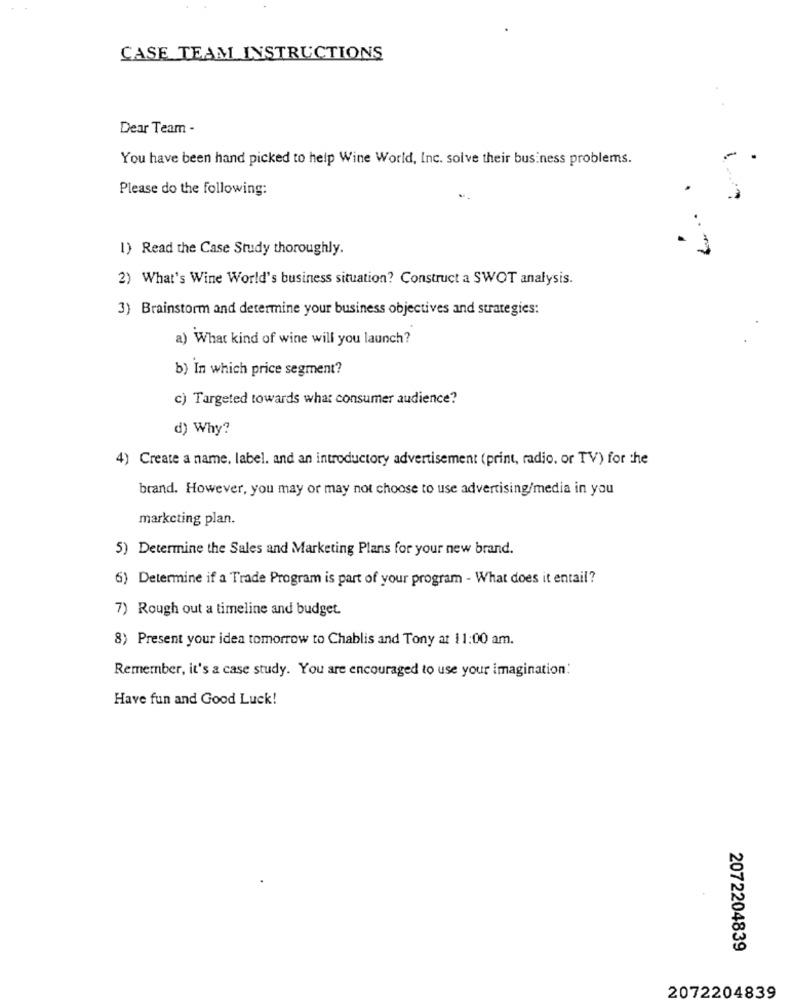
CASE TEAM INSTRUCTIONS
Dear Team -
You have been hand picked to help Wine World, Inc. solve their business problems.
Please do the following:
1) Read the Case Study thoroughly.
2) What's Wine World's business situation? Construct a SWOT analysis.
3) Brainstorm and determine your business objectives and strategies:
a) What kind of wine will you launch?
b) In which price segment?
c) Targeted towards what consumer audience?
d) Why?
4) Create a name, label. and an introductory advertisement (print, radio, or TV) for the
brand. However, you may or may not choose to use advertising/media in you
marketing plan.
5) Determine the Sales and Marketing Plans for your new brand.
6) Determine if a Trade Program is part of your program - What does it entail?
7) Rough out a timeline and budget.
8) Present your idea tomorrow to Chablis and Tony at 11:00 am.
Remember, it's a case study. You are encouraged to use your imagination:
Have fun and Good Luck!
2072204839
2072204839